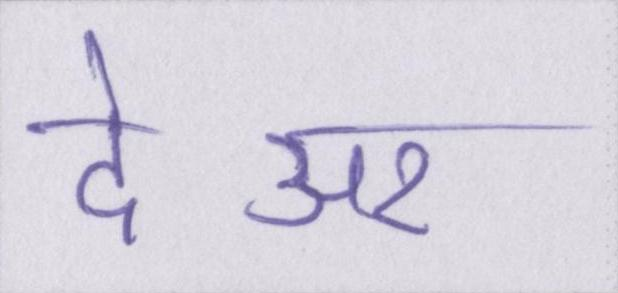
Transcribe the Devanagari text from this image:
देअर